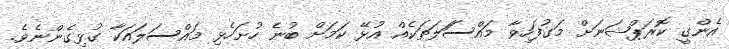
އެންގީ ކޮރަޕްޝަނަށް މަގުފަހިވާ މައްސަަލަތަކެއް އުޅޭ ކަމަށް ބުނެ ހުށަހެޅި މައްސަލައަކާ ގުޅިގެންނެވެ.